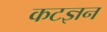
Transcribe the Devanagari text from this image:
कटज्ञन